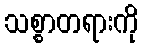
သစ္စာတရားကို